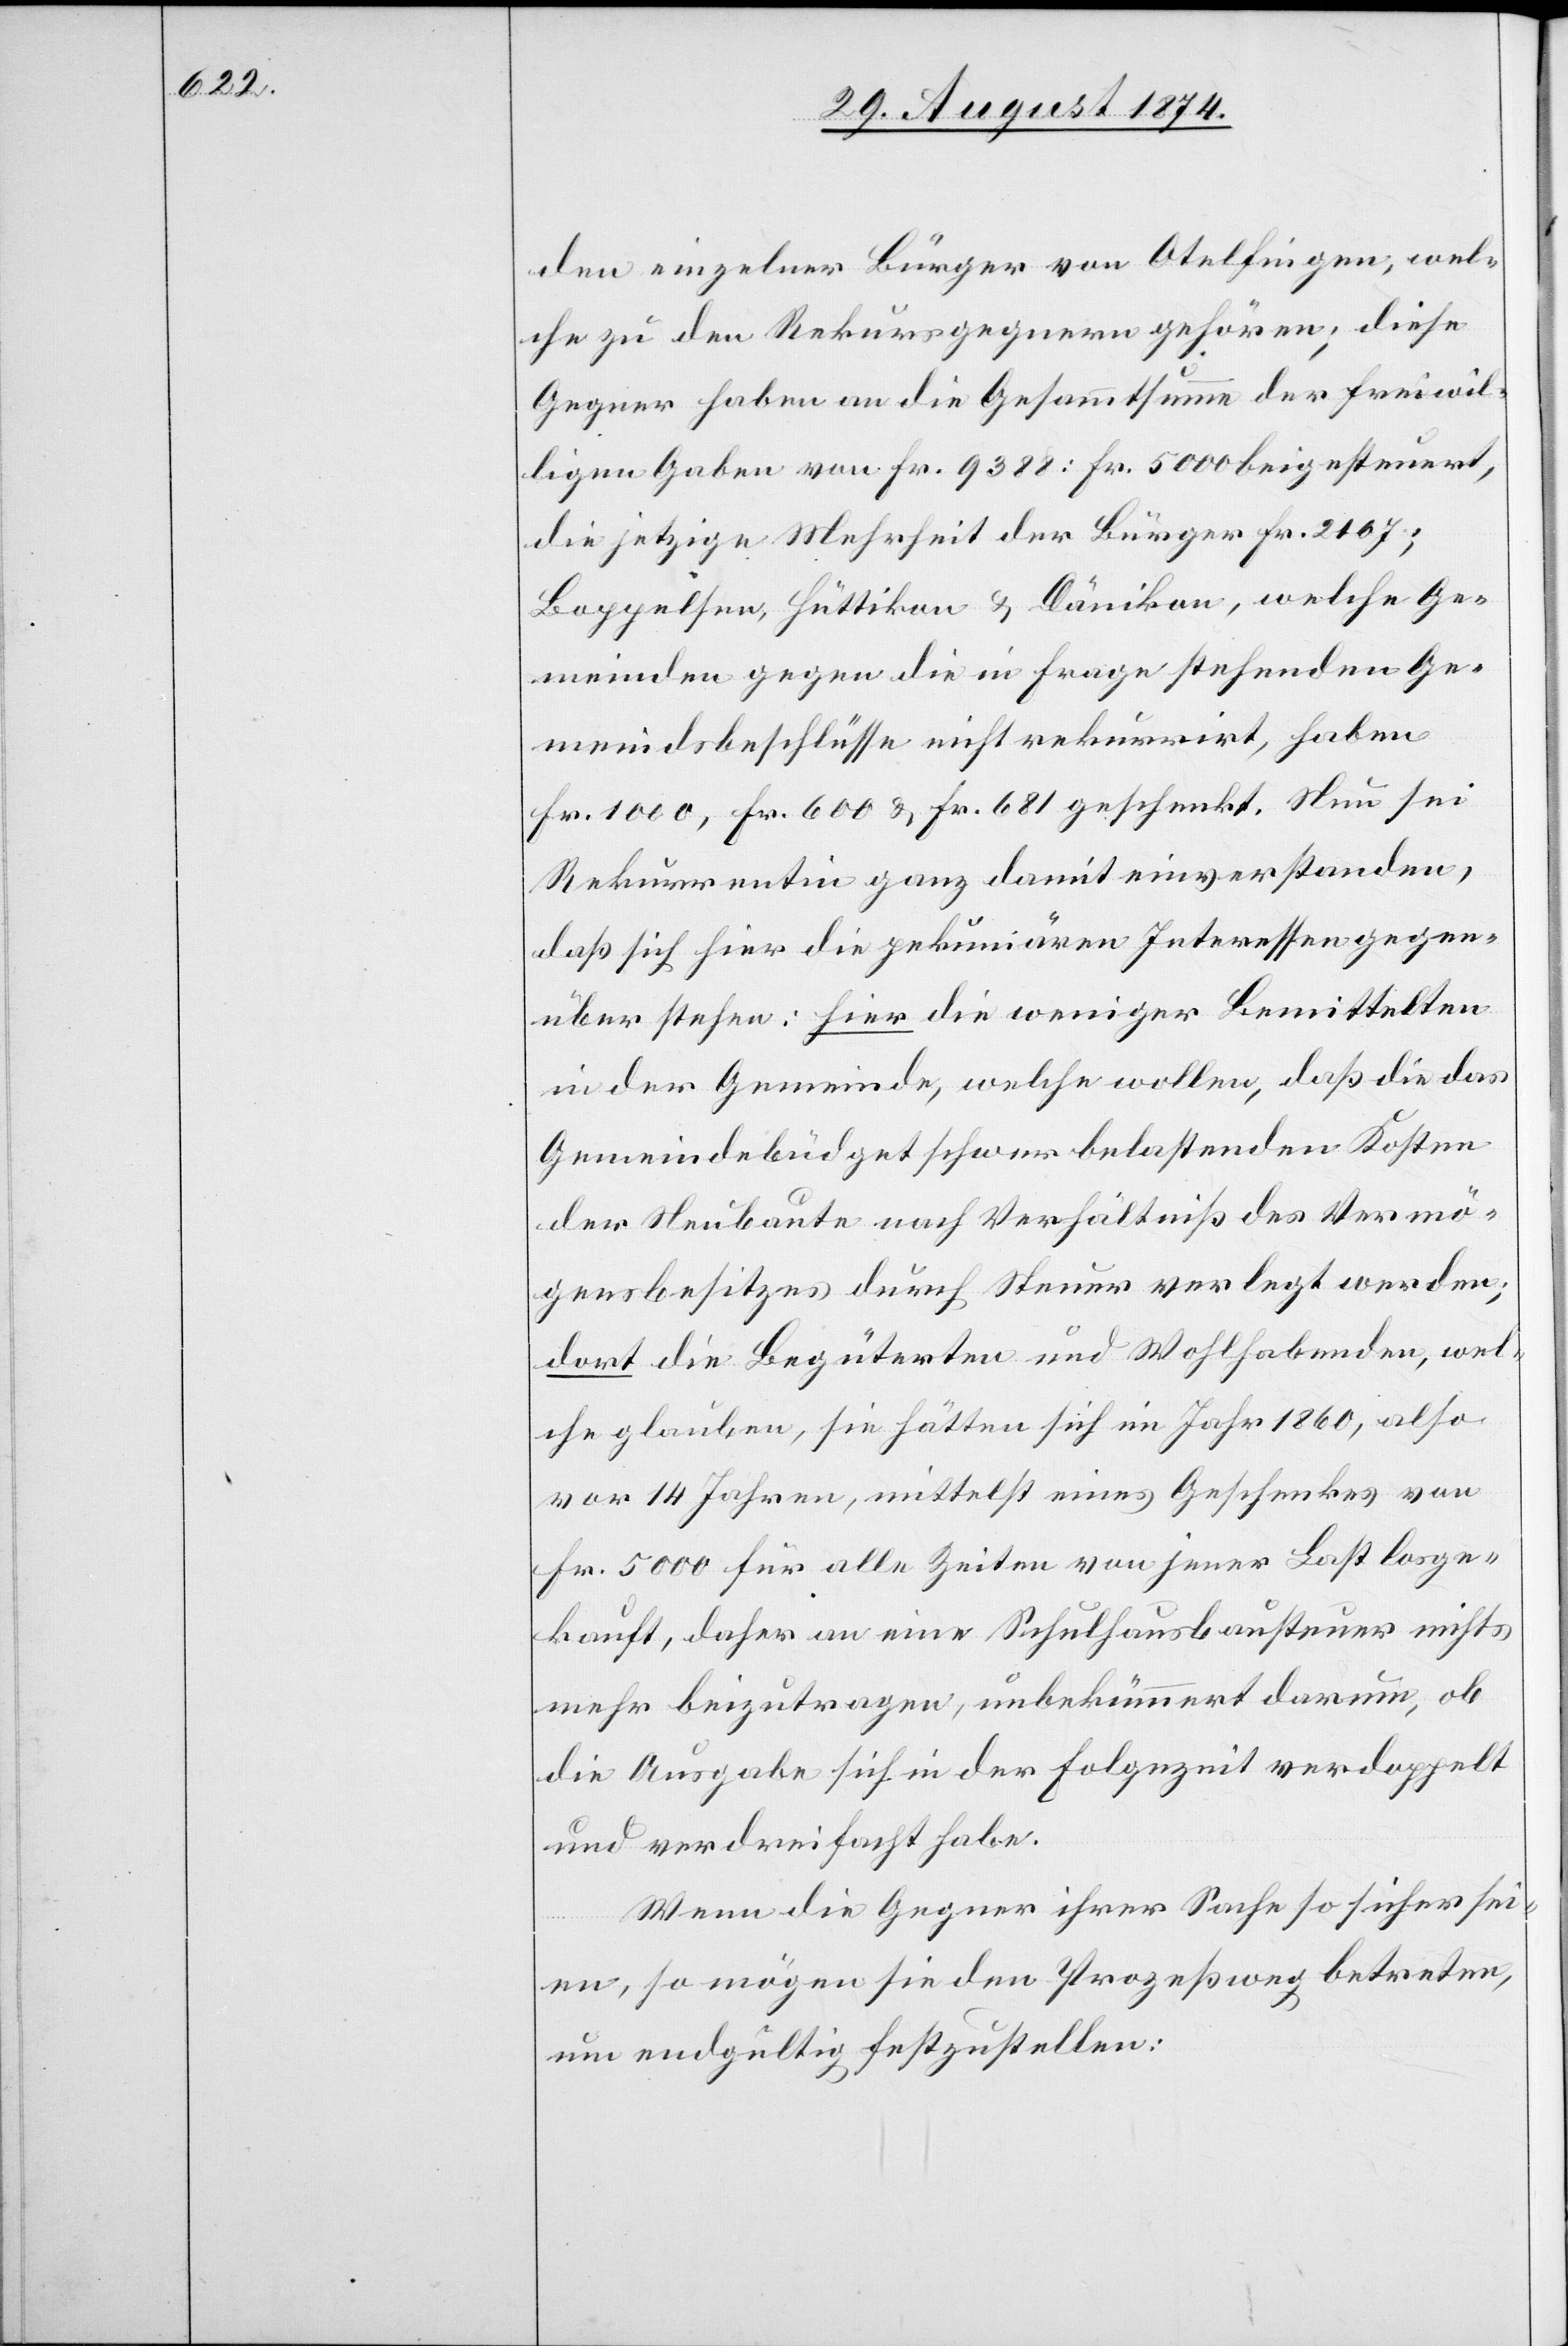
den einzelner Bürger von Otelfingen, wel¬
che zu den Rekursgegnern gehören; diese
Gegner haben an die Gesammtsumme der freiwil¬
ligen Gaben von Fr. 9388; Fr. 5000 beigesteuert,
die jetzige Mehrheit der Bürger Fr. 2107;
Boppelsen, Hüttikon u. Dänikon, welche Ge¬
meinden gegen die in Frage stehenden Ge¬
meindsbeschlüsse nicht rekurrirt [sic!], haben
Fr. 1000, Fr. 600 u. Fr. 681 geschenkt. Nun sei
Rekurrentin ganz damit einverstanden,
daß sich hier die pekuniären Interessen gegen¬
über stehen: hier die weniger Bemittelten
in der Gemeinde, welche wollen, daß die das
Gemeindebüdget schwer belastenden Kosten
der Neubaute nach Verhältniß des Vermö¬
gensbesitzes durch Steuer verlegt werden;
dort die Begüterten und Wohlhabenden, wel¬
che glauben, sie hätten sich im Jahr 1860, also
vor 14 Jahren, mittelst eines Geschenkes von
Fr. 5000 für alle Zeiten von jener Last losge¬
kauft, daher an eine Schulausbausteuer nichts
mehr beizutragen, unbekümmert darum, ob
die Ausgabe sich in der Folgezeit verdoppelt
und verdreifacht habe.
Wenn die Gegner ihrer Sache so sicher sei¬
en, so mögen sie den Prozeßweg betreten,
um endgültig festzustellen: